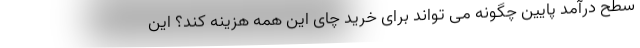
سطح درآمد پایین چگونه می تواند برای خرید چای این همه هزینه کند؟ این